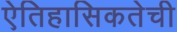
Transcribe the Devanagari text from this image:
ऐतिहासिकतेची